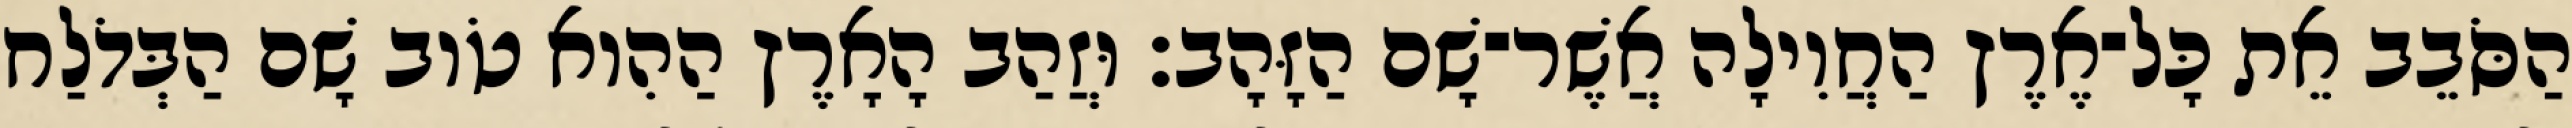
הַסֹּבֵב אֵת כָּל־אֶרֶץ הַחֲוִילָה אֲשֶׁר־שָׁם הַזָּהָב׃ וּזֲהַב הָאָרֶץ הַהִוא טֹוב שָׁם הַבְּדֹלַח